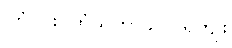
ကြံပိုင်း(ကြံသကာခဲ)လှူရကျိုး